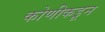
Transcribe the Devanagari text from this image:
कोणीकडून